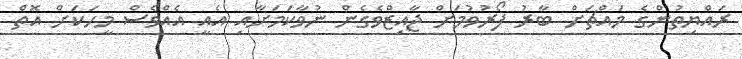
ރައްޔިތުންގެ މައްޗަށް ބާރު ފޯރުވުމަށް ޖާއިޒްވެގެން ނުވާކަމަށާއި އެއީ އެއްވެސް މީހަކަށް އޮތް